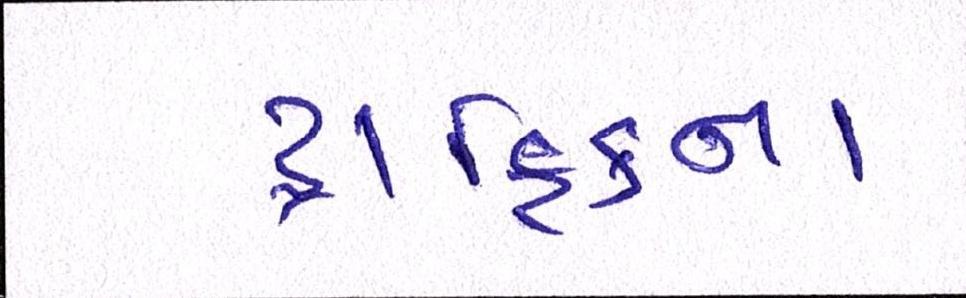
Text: ટ્રાફિકના